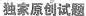
独家原创试题